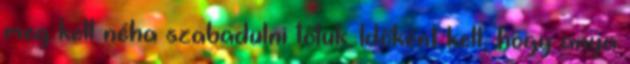
meg kell néha szabadulni tőlük. Időként kell, hogy anya